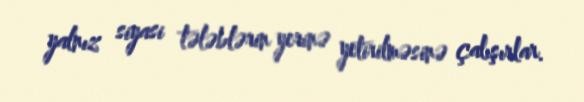
yalnız siyasi tələblərin yerinə yetirilməsinə çalışırlar.